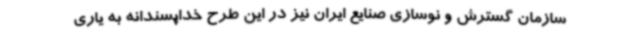
سازمان گسترش و نوسازی صنایع ایران نیز در این طرح خداپسندانه به یاری